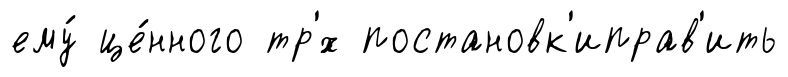
ему́ це́нного тр'́х постановк'иправ'ить